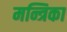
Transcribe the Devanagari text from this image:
मन्त्रिका